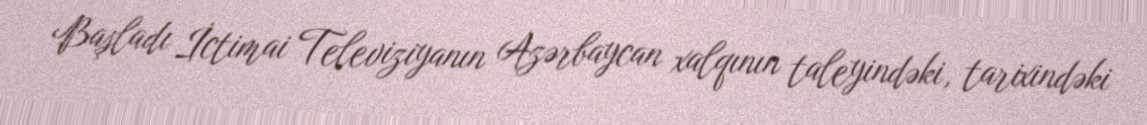
Başladı İctimai Televiziyanın Azərbaycan xalqının taleyindəki, tarixindəki